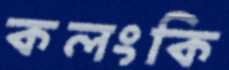
কলংকি